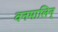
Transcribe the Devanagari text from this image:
वनमालिन्